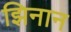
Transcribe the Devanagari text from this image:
झिनान